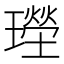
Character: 𱯮